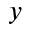
y